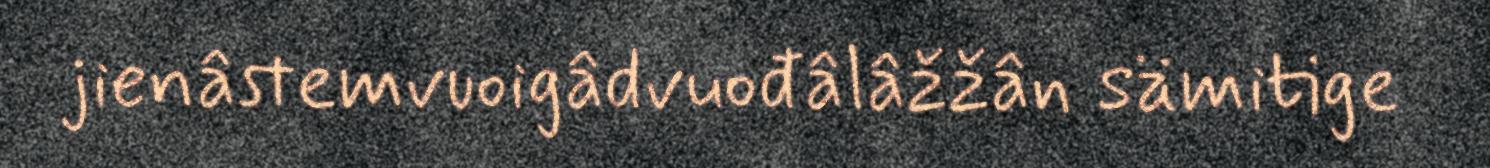
jienâstemvuoigâdvuođâlâžžân sämitige